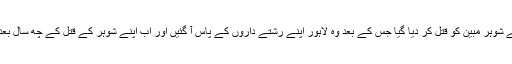
سال 2013 میں عید کے روز ان کے شوہر مبین کو قتل کر دیا گیا جس کے بعد وہ لاہور اپنے رشتے داروں کے پاس آ گئیں اور اب اپنے شوہر کے قتل کے چھ سال بعد انہوں نے دوسری شادی کر لی ہے۔